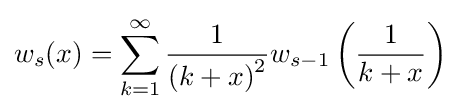
w_{s}(x)=\sum _{k=1}^{\infty }{\frac {1}{\left(k+x\right)^{2}}}w_{s-1}\left({\frac {1}{k+x}}\right)